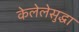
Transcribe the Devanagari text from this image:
केलेलेसुद्धा